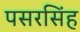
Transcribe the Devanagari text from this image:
पसरसिंह